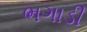
ભગાડી